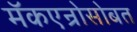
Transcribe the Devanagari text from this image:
मॅकएन्रोसोबत